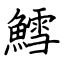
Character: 鱈